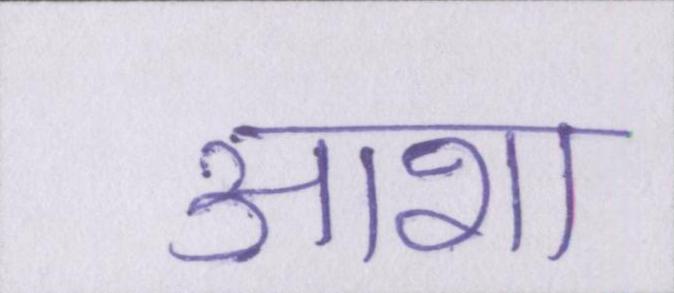
आशा